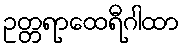
ဥတ္တရာထေရီဂါထာ